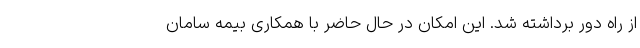
از راه دور برداشته شد. این امکان در حال حاضر با همکاری بیمه سامان